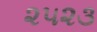
૨૫૨૩